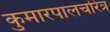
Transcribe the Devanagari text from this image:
कुमारपालचरित्र